Report of the Municipal Commissioner on the plague in Bombay for the year ending 31st May... - Volume 2
Disease focus: Plague
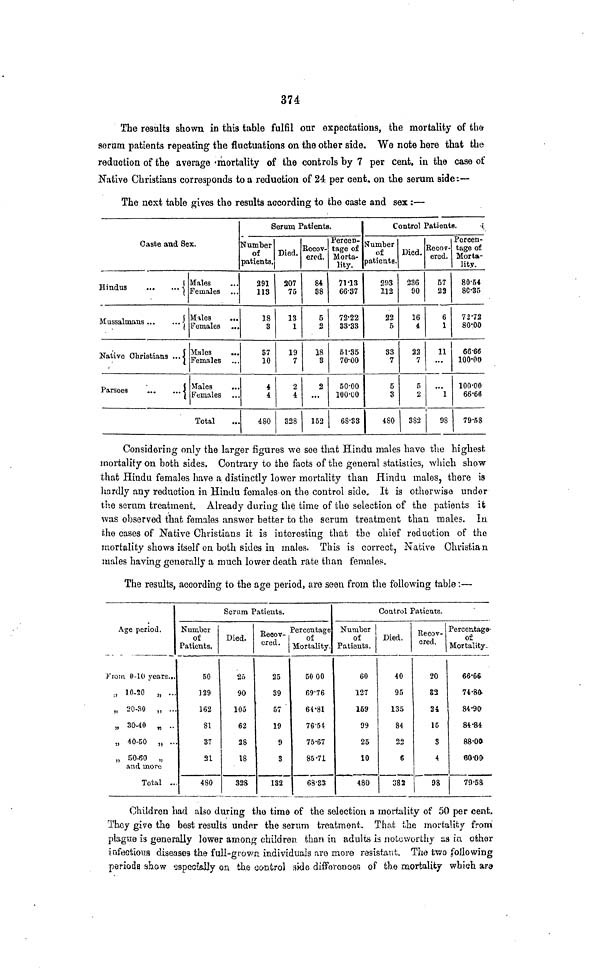
374
The results shown in this table fulfil our expectations, the mortality of the
serum patients repeating the fluctuations on the other side. We note here that the
reduction of the average mortality of the controls by 7 per cent. in the case of
Native Christians corresponds to a reduction of 24 per cent. on the serum side:—
The next table gives the results according to the caste and sex :—
Caste and Sex.
Hindus
Mussalmans
Native Christians ...
Parsees
Males
Females
Males
...
Females ...
Males
Females
Males
...
Females
Total
Serum Patients.
Number
of
patients.
291
113
18
3
37
10
4
4
480
Died.
207
75
13
1
19
7
2
4
328
Recov-
ered.
84
38
5
2
18
3
2
...
152
Percen-
tage of
Morta-
lity.
71.13
66.37
72.22
33.33
51.35
70.00
50.00
100.00
68.33
Control Patients.
Number
of
patienta.
293
112
22
5
33
7
5
3
480
Died.
236
90
16
i
22
7
5
2
382
Recov-
ered.
57
22
6
1
11
...
1
98
Percen-
tage of
Morta-
lity.
80.54
80.35
72.72
80.00
66.66
100.00
100.00
66.66
79.58
Considering only the larger figures we see that Hindu males have the highest
mortality on both sides. Contrary to the facts of the general statistics, which show
that Hindu females have a distinctly lower mortality than Hindu males, there is
hardly any reduction in Hindu females on the control side. It is otherwise under
the serum treatment. Already during the time of the selection of the patients it
was observed that females answer better to the serum treatment than males. In
the cases of Native Christians it is interesting that the chief reduction of the
mortality shows itself on both sides in males. This is correct, Native Christian
niales having generally a much lower death rate than females.
The results, according to the age period, are seen from the following table :—
Age period.
From 0-10 years...
" 10-20 " ...
„ 20-30 „ ...
„ 30-40 „ ..
„ 40-50 „ ..
„ 50-60 „
and more
Total ..
Serum Patients.
Number
of
Patients.
50
129
162
81
37
21
480
Died.
25
90
105
62
28
18
328
Recov-
ered.
25
39
57
19
9
3
132
Percentage
of
Mortality.
50 00
69.76
64.81
76.54
75.67
85.71
68.33
Control Patients.
Number |
of
Patients.
60
127
159
99
25
10
480
Died.
40
95
135
84
22
6
382
Recov-
ered.
20
32
24
15
S
4
98
Percentage-
of
Mortality.
66.66
74.80
84.90
84.84
88.00
80.00
79.58
Children had also during the time of the selection a mortality of 50 per cent.
They give the best results under the serum treatment. That the mortality from
plague is generally lower among children than in adults is noteworthy as in other
infectious diseases the full-grown individuals are more resistant. The two following
periods show specially on the control side differences of the mortality which are